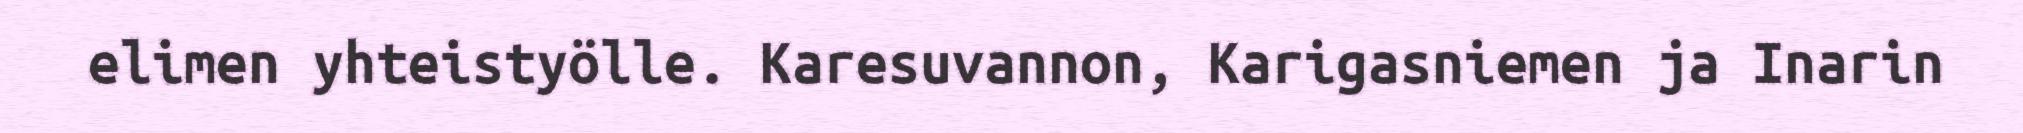
elimen yhteistyölle. Karesuvannon, Karigasniemen ja Inarin